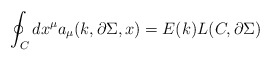
\begin{align*}\oint_{C} dx^{\mu } a_{\mu } (k,\partial \Sigma , x) =E(k) L(C,\partial \Sigma )\end{align*}